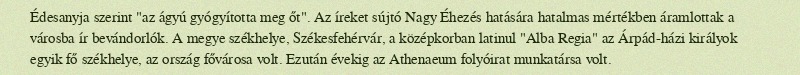
Édesanyja szerint "az ágyú gyógyította meg őt". Az íreket sújtó Nagy Éhezés hatására hatalmas mértékben áramlottak a városba ír bevándorlók. A megye székhelye, Székesfehérvár, a középkorban latinul "Alba Regia" az Árpád-házi királyok egyik fő székhelye, az ország fővárosa volt. Ezután évekig az Athenaeum folyóirat munkatársa volt.